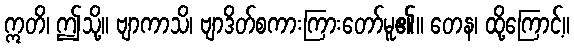
ဣတိ၊ ဤသို့။ ဗျာကာသိ၊ ဗျာဒိတ်စကားကြားတော်မူ၏။ တေန၊ ထို့ကြောင့်။